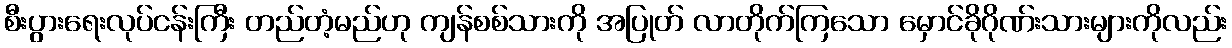
စီးပွားရေးလုပ်ငန်းကြီး တည်တံ့မည်ဟု ကျန်စစ်သားကို အပြုတ် လာတိုက်ကြသော မှောင်ခိုဂိုဏ်းသားများကိုလည်း